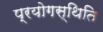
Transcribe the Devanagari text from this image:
प्रयोगस्थिति